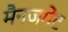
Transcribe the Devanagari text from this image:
मैनजमेंट